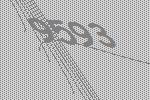
9593